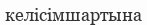
келісімшартына